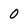
Character: 0